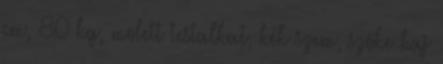
cm, 80 kg, molett testalkat, kék szem, szőke haj